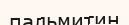
пальмитин